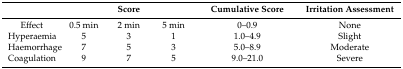
<table><thead><tr><td>[EMPTY_CELL]</td><td colspan="3"><b>Score</b></td><td><b>Cumulative Score</b></td><td><b>Irritation Assessment</b></td></tr></thead><tbody><tr><td>Effect</td><td>0.5 min</td><td>2 min</td><td>5 min</td><td>0–0.9</td><td>None</td></tr><tr><td>Hyperaemia</td><td>5</td><td>3</td><td>1</td><td>1.0–4.9</td><td>Slight</td></tr><tr><td>Haemorrhage</td><td>7</td><td>5</td><td>3</td><td>5.0–8.9</td><td>Moderate</td></tr><tr><td>Coagulation</td><td>9</td><td>7</td><td>5</td><td>9.0–21.0</td><td>Severe</td></tr></tbody></table>